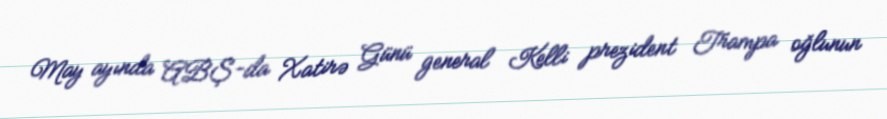
May ayında ABŞ-da Xatirə Günü general Kelli prezident Trampa oğlunun